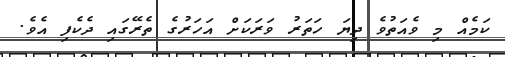
ކަމެއް މި ވެއަތުވެ ދިޔަ ހަތަރު ވަރަކަށް އަހަރުގެ ތެރޭގައި ދެކެފި އެވެ.